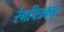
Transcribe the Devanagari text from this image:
रंगचित्रकार